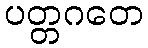
ပတ္တဂတေ